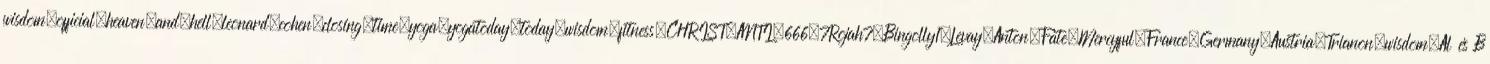
wisdom,official,heaven,and,hell,leonard,cohen,closing,time,yoga,yogatoday,today,wisdom,fitness,CHRIST,ANTI,666,7Rojah7,Bingolly1,Levay,Anton,Fate,Mercyful,France,Germany,Austria,Trianon,wisdom,Al és B